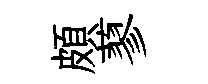
頗蓼